Annual report on the working of the Harcourt Butler Institute of Public Health, Rangoon
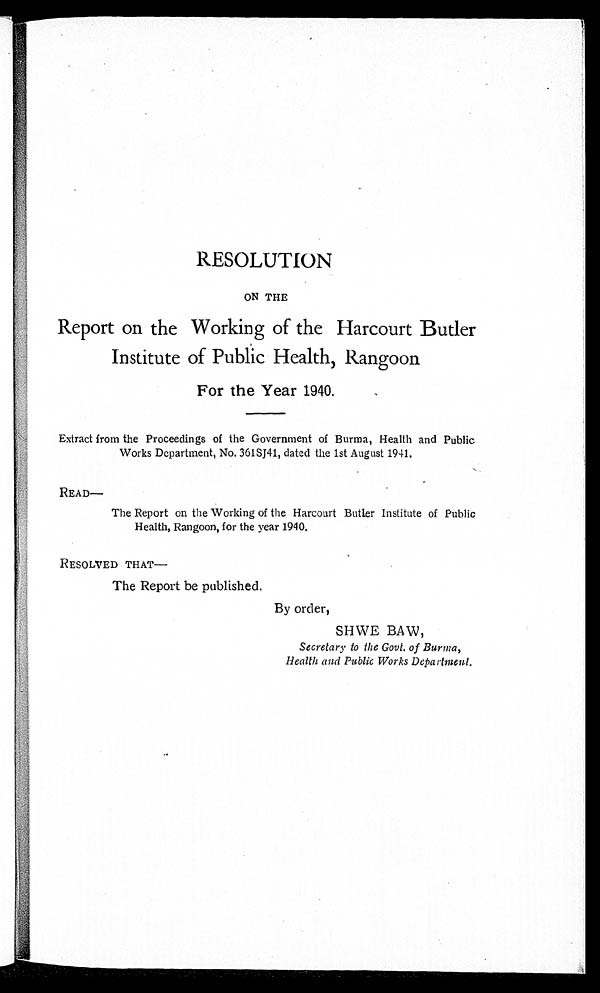
RESOLUTION
ON THE
Report on the Working of the Harcourt Butler
Institute of Public Health, Rangoon
For the Year 1940.
Extract from the Proceedings of the Government of Burma, Health and Public
Works Department, No. 361SJ41, dated the 1st August 1941.
READ—
The Report on the Working of the Harcourt Butler Institute of Public
Health, Rangoon, for the year 1940.
RESOLVED THAT—
The Report be published.
By order,
SHWE BAW,
Secretary to the Govt. of Burma,
Health and Public Works Department.